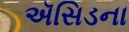
ઍસિડના